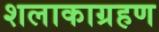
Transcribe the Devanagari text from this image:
शलाकाग्रहण